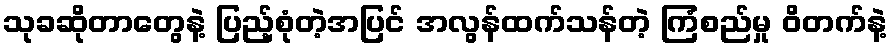
သုခဆိုတာတွေနဲ့ ပြည့်စုံတဲ့အပြင် အလွန်ထက်သန်တဲ့ ကြံစည်မှု ဝိတက်နဲ့